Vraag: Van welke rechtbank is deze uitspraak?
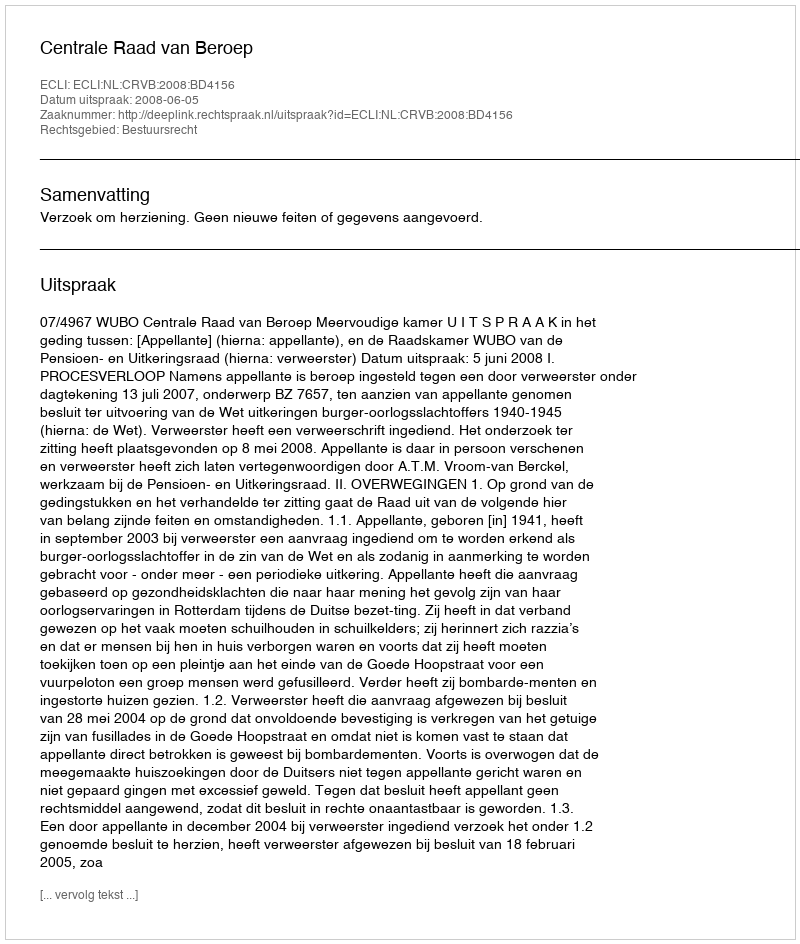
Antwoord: Centrale Raad van Beroep